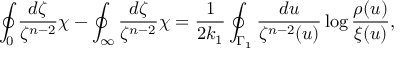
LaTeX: \oint _ { 0 } \frac { d \zeta } { \zeta ^ { n - 2 } } \chi - \oint _ { \infty } \frac { d \zeta } { \zeta ^ { n - 2 } } \chi = \frac { 1 } { 2 k _ { 1 } } \oint _ { \Gamma _ { 1 } } \frac { d u } { \zeta ^ { n - 2 } ( u ) } \log \frac { \rho ( u ) } { \xi ( u ) } ,